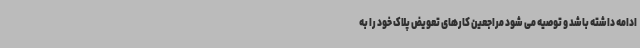
ادامه داشته باشد و توصیه می شود مراجعین کارهای تعویض پلاک خود را به